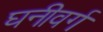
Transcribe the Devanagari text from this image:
घनीवर्ग